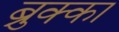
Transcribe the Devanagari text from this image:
ब्रुक्का